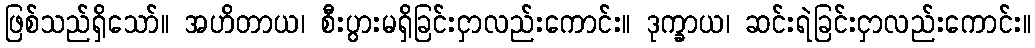
ဖြစ်သည်ရှိသော်။ အဟိတာယ၊ စီးပွားမရှိခြင်းငှာလည်းကောင်း။ ဒုက္ခာယ၊ ဆင်းရဲခြင်းငှာလည်းကောင်း။